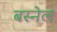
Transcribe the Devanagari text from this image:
बस्नेल